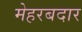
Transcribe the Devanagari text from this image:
मेहरबदार